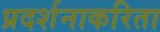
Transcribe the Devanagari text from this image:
प्रदर्शनाकरिता